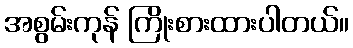
အစွမ်းကုန် ကြိုးစားထားပါတယ်။